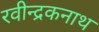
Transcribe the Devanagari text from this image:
रवीन्द्रकनाथ